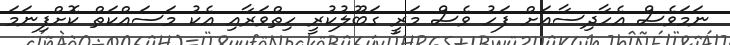
ނަމަވެސް އެހާދިސާއަށް ފަހު ވެސް މަރީ ގަބޫލުކުރީ ހިތްވަރާއި އެކު މަސައްކަތް ކޮށްފިނަމަ